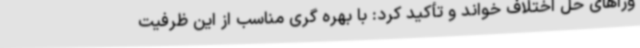
وراهای حل اختلاف خواند و تأکید کرد: با بهره گری مناسب از این ظرفیت